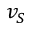
v _ { S }